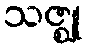
သဇ္ဈု